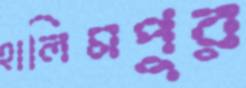
হালিমপুর